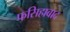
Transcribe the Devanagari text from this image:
फसिहाबाद